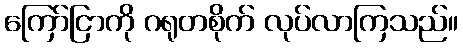
ကြော်ငြာကို ဂရုတစိုက် လုပ်လာကြသည်။